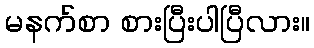
မနက်စာ စားပြီးပါပြီလား။